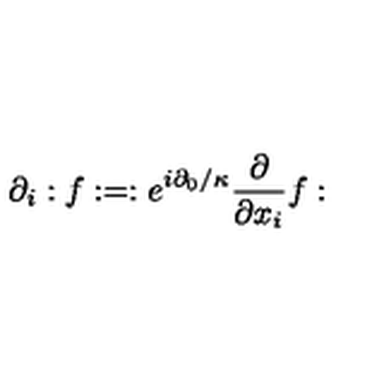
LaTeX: \partial _ { i } : f : = : e ^ { i \partial _ { 0 } / \kappa } \frac { \partial } { \partial x _ { i } } f :